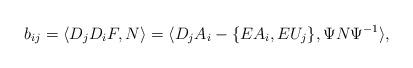
LaTeX: \begin{align*}b_{ij}=\langle D_jD_iF,N\rangle=\langle D_jA_i-\lbrace EA_i,EU_j\rbrace,\Psi N\Psi^{-1}\rangle,\end{align*}